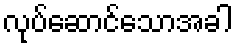
လုပ်ဆောင်သောအခါ